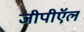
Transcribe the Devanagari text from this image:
जीपीऍल